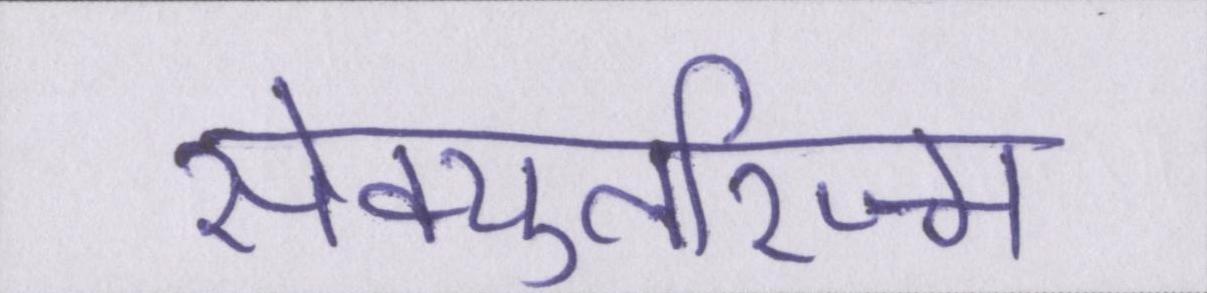
सेक्युलरिज्म